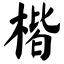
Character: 楷